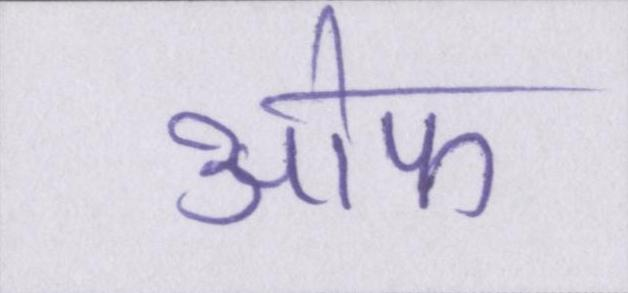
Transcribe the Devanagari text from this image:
आ॓फ